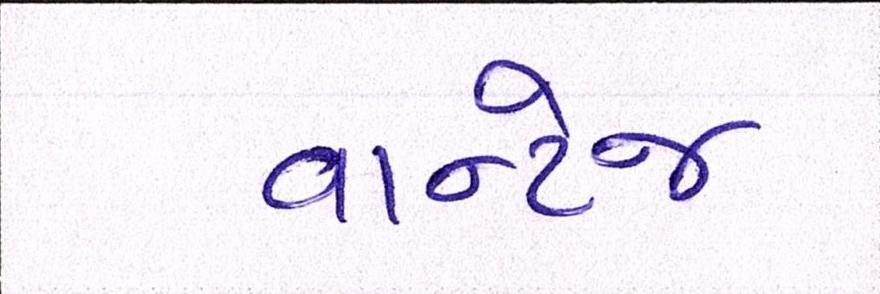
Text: વાન્ટેજ